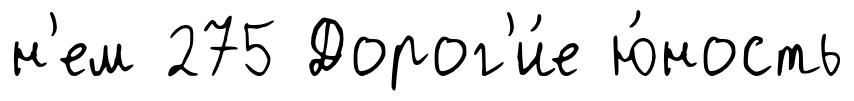
н'ем 275 Дорог'и́е ю́ность